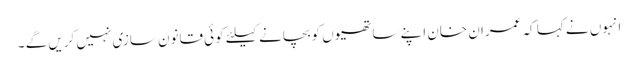
انہوں نے کہا کہ عمران خان اپنے ساتھیوں کوبچانے کیلئے کوئی قانون سازی نہیں کریں گے ۔